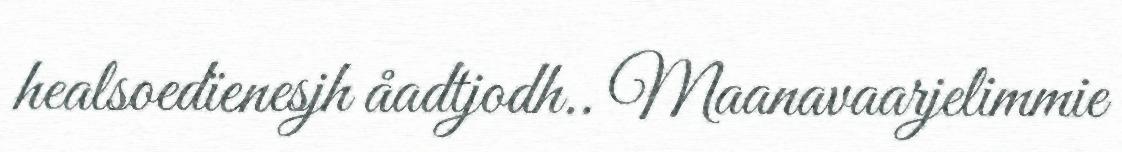
healsoedïenesjh åadtjodh.. Maanavaarjelimmie